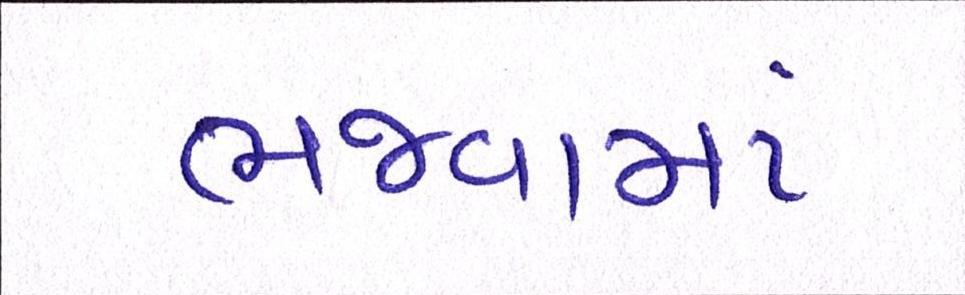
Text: ભજવામાં